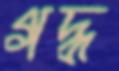
গদ্ধ